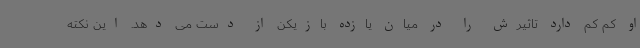
او کم کم دارد تاثیرش را در میان یازده بازیکن از دست می دهد. این نکته